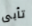
تأبى